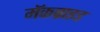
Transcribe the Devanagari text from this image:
मॅकब्राइड